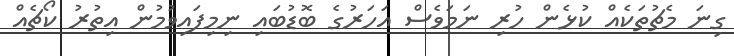
ގިނަ މެޗުތަކެއް ކުޅެން ހުރި ނަމަވެސް އަހަރުގެ ބޮޑުބައި ނިމިފައިވުމުން އިތުރު ކޯޗެއް